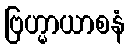
ဗြဟ္မာယာစနံ